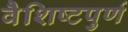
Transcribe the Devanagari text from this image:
वैशिष्टपुर्ण